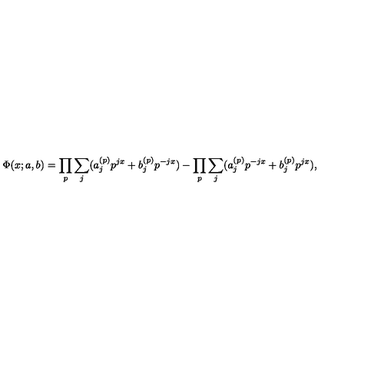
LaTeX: \Phi ( x ; a , b ) = \prod _ { p } \sum _ { j } ( a _ { j } ^ { ( p ) } p ^ { j x } + b _ { j } ^ { ( p ) } p ^ { - j x } ) - \prod _ { p } \sum _ { j } ( a _ { j } ^ { ( p ) } p ^ { - j x } + b _ { j } ^ { ( p ) } p ^ { j x } ) ,